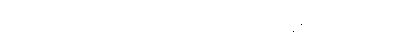
ဘိက္ခုနီဖြစ်ဖို့ ဘိက္ခုသံဃာထံမှာ ရဟန်းထပ်ပြုရခြင်း